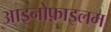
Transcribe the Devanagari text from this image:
आइनोफ़ाइलम